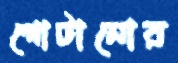
গোটানোর